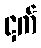
ငှက်